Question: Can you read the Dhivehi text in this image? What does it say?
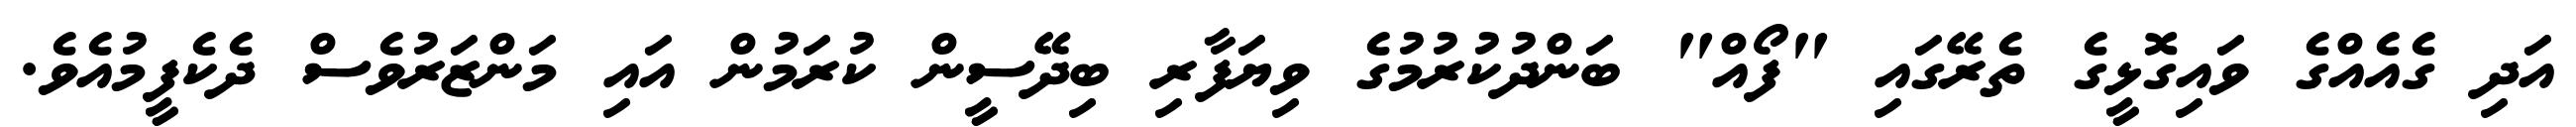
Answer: އަދި ގެއެއްގެ ވައިގޮޅީގެ ތެރޭގައި "ފޯއް" ބަންދުކުރުމުގެ ވިޔަފާރި ބިދޭސީން ކުރަމުން އައި މަންޒަރުވެސް ދެކެފީމުއެވެ.